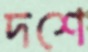
দশে